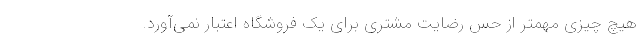
هیچ چیزی مهمتر از حس رضایت مشتری برای یک فروشگاه اعتبار نمی‌آورد.